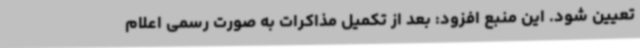
تعیین شود. این منبع افزود: بعد از تکمیل مذاکرات به صورت رسمی اعلام